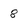
Character: 8